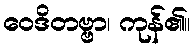
ဝေဒိတဗ္ဗာ၊ ကုန်၏။